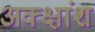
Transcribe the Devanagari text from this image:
अक्क्षांश